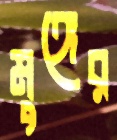
মুঙ্গের